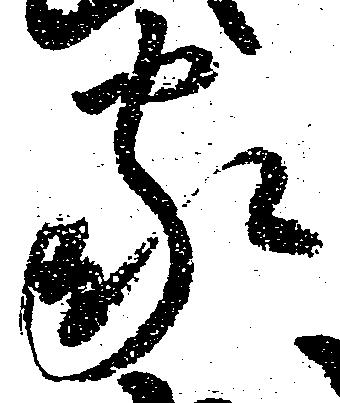
家